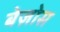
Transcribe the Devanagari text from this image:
बेज़ोस